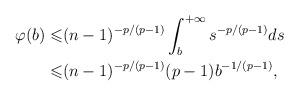
LaTeX: \begin{align*}\varphi (b) \leqslant &(n-1)^{-p/(p-1)}\int_b^{+\infty} s^{-p/(p-1)}ds \\ \leqslant &(n-1)^{-p/(p-1)}(p-1) b^{- 1/(p-1)},\end{align*}